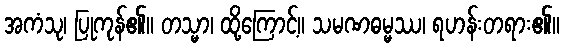
အကံသု၊ ပြုကုန်၏။ တသ္မာ၊ ထို့ကြောင့်။ သမဏဓမ္မဿ၊ ရဟန်းတရား၏။